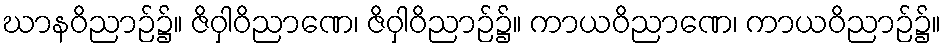
ဃာနဝိညာဉ်၌။ ဇိဝှါဝိညာဏေ၊ ဇိဝှါဝိညာဉ်၌။ ကာယဝိညာဏေ၊ ကာယဝိညာဉ်၌။